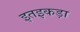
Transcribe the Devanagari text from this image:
इतइकड़ा